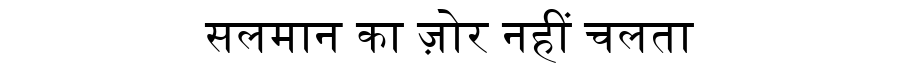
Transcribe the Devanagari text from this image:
सलमान का ज़ोर नहीं चलता